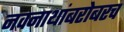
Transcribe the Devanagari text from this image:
नवनाथांबरोबरच